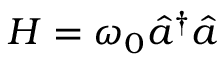
H = \omega _ { 0 } \hat { a } ^ { \dagger } \hat { a }